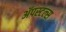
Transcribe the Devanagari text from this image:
ॲपस्टल्स